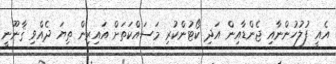
އެއީ ފުލުހުންނާއި ޖެންޑާއިން އަދި ކޯޓުންކުރި މަސައްކަތަށް އައިރިން ތިޔަ ދެއްވި ޤާނޫނީ